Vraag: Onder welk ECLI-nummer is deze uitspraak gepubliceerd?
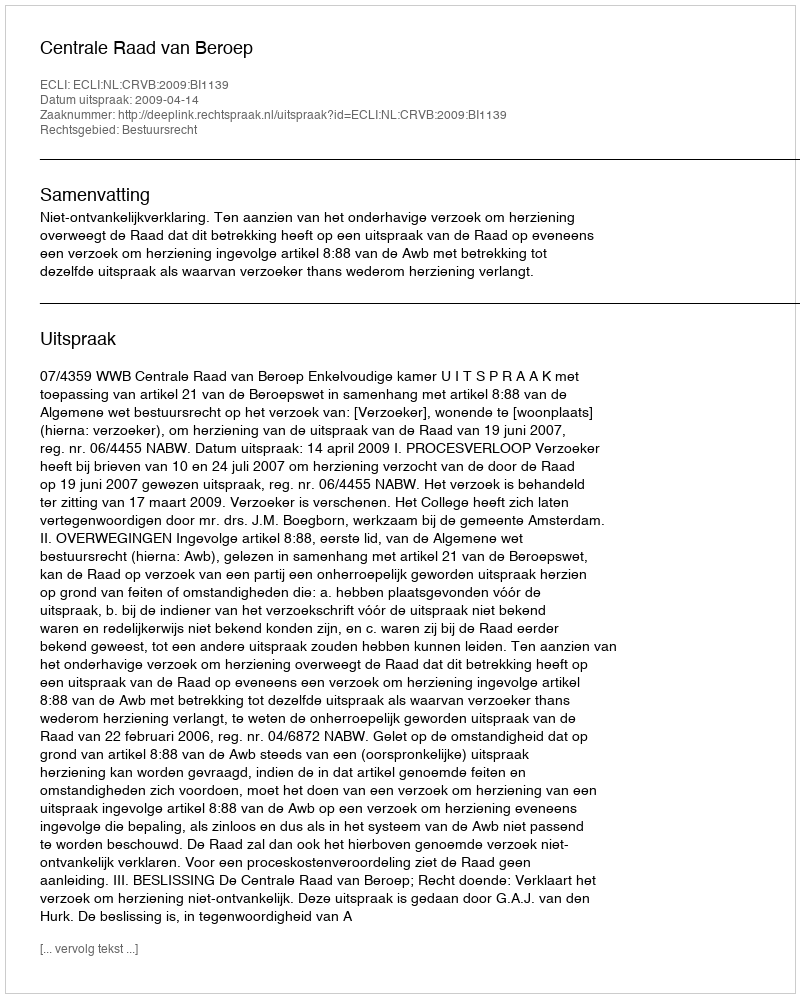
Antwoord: ECLI:NL:CRVB:2009:BI1139